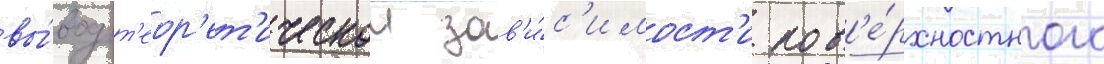
вы́вод т'еор'ет'ическои зав'и́с'имост'и пов'е́рхностного